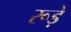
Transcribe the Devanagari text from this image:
रूड़े